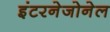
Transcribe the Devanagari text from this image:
इंटरनेजोनेल